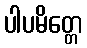
ပါပမိတ္တေ